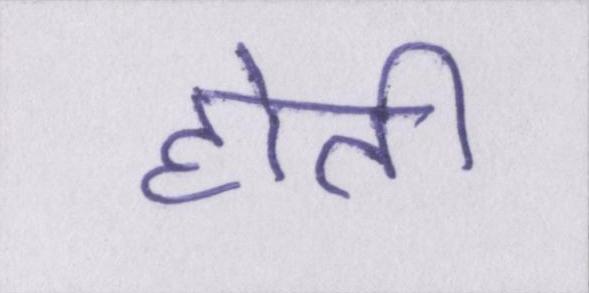
होती